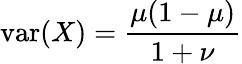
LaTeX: \operatorname{var}(X)={\frac{\mu(1-\mu)}{1+\nu}}